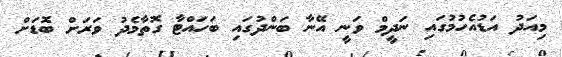
މިއަދު އަޑުއެހުމުގައި ނަދީމް ވަނީ އޭނާ ބަންދުގައި ބަހައްޓާ ގޮތާމެދު ވަރަށް ބޮޑަށް